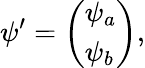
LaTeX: \psi^{\prime}=\left(\begin{array}{l}{{\psi_{a}}}\\ {{\psi_{b}}}\end{array}\right),